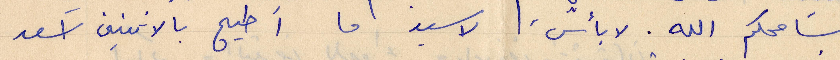
سامحكم الله. لا بأس الاسيد ما اطيح بالثنتين اسعد